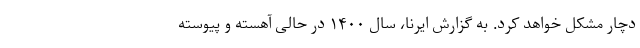
دچار مشکل خواهد کرد. به گزارش ایرنا، سال ۱۴۰۰ در حالی آهسته و پیوسته